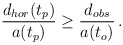
\begin{align*}{d_{hor}(t_p) \over a(t_p)} \geq {d_{obs} \over a(t_o)} \, .\end{align*}